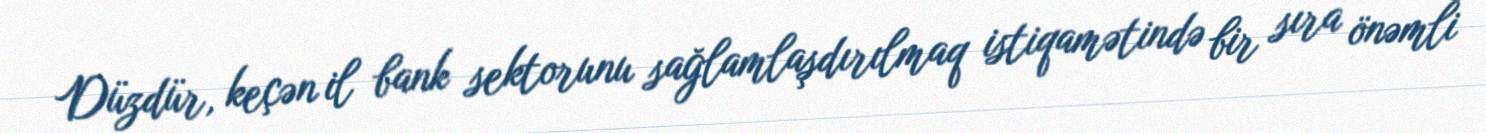
Düzdür, keçən il bank sektorunu sağlamlaşdırılmaq istiqamətində bir sıra önəmli